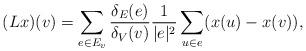
LaTeX: \begin{align*} (Lx)(v)=\sum\limits_{e\in E_v}\frac{\delta_E(e)}{\delta_V(v)}\frac{1}{|e|^2}\sum\limits_{u\in e}(x(u)-x(v)),\end{align*}